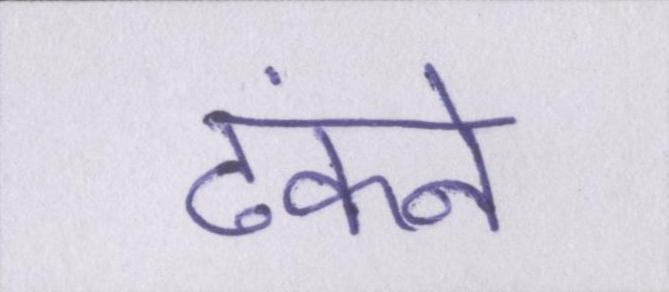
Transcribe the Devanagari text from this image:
ढंकने